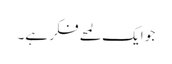
جو ایک لمحے فکر ہے۔